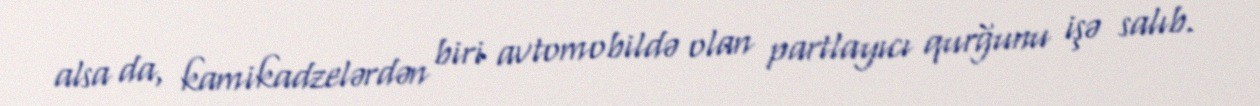
alsa da, kamikadzelərdən biri avtomobildə olan partlayıcı qurğunu işə salıb.